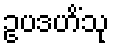
ဥပဒဟိံသု